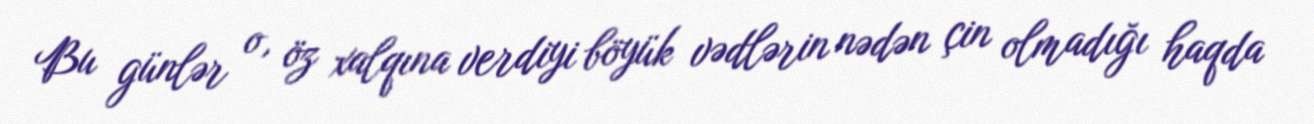
Bu günlər o, öz xalqına verdiyi böyük vədlərin nədən çin olmadığı haqda